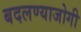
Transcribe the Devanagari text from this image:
बदलण्याजोगी